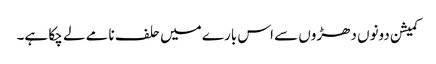
کمیشن دونوں دھڑوں سے اس بارے میں حلف نامے لے چکا ہے۔